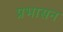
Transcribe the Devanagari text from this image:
प्रभासन